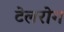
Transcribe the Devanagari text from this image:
टेलरोग